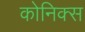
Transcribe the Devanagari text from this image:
कोनिक्स